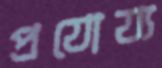
প্রযোয্য